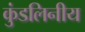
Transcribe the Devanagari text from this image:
कुंडलिनीय